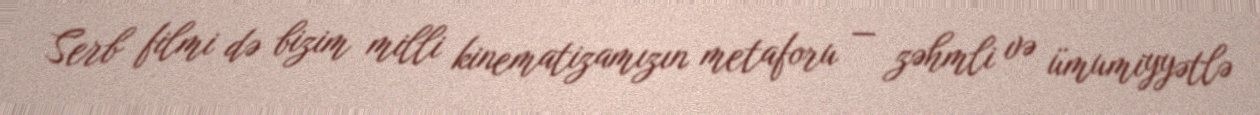
Serb filmi də bizim milli kinematizamızın metaforu — zəhmli və ümumiyyətlə